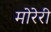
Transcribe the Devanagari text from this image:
मोरेरी